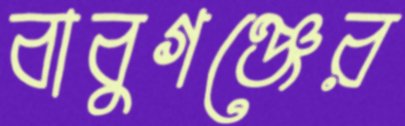
বাবুগঞ্জের